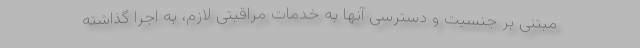
مبتنی بر جنسیت و دسترسی آنها به خدمات مراقبتیِ لازم، به اجرا گذاشته